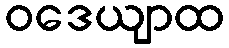
ဝဒေယျာထ